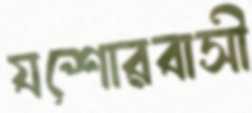
যশোরবাসী